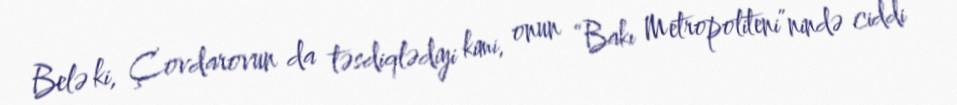
Belə ki, Çovdarovun da təsdiqlədiyi kimi, onun “Bakı Metropoliteni”nində ciddi